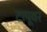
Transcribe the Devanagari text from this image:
टापूवर